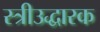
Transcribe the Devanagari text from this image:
स्त्रीउद्धारक